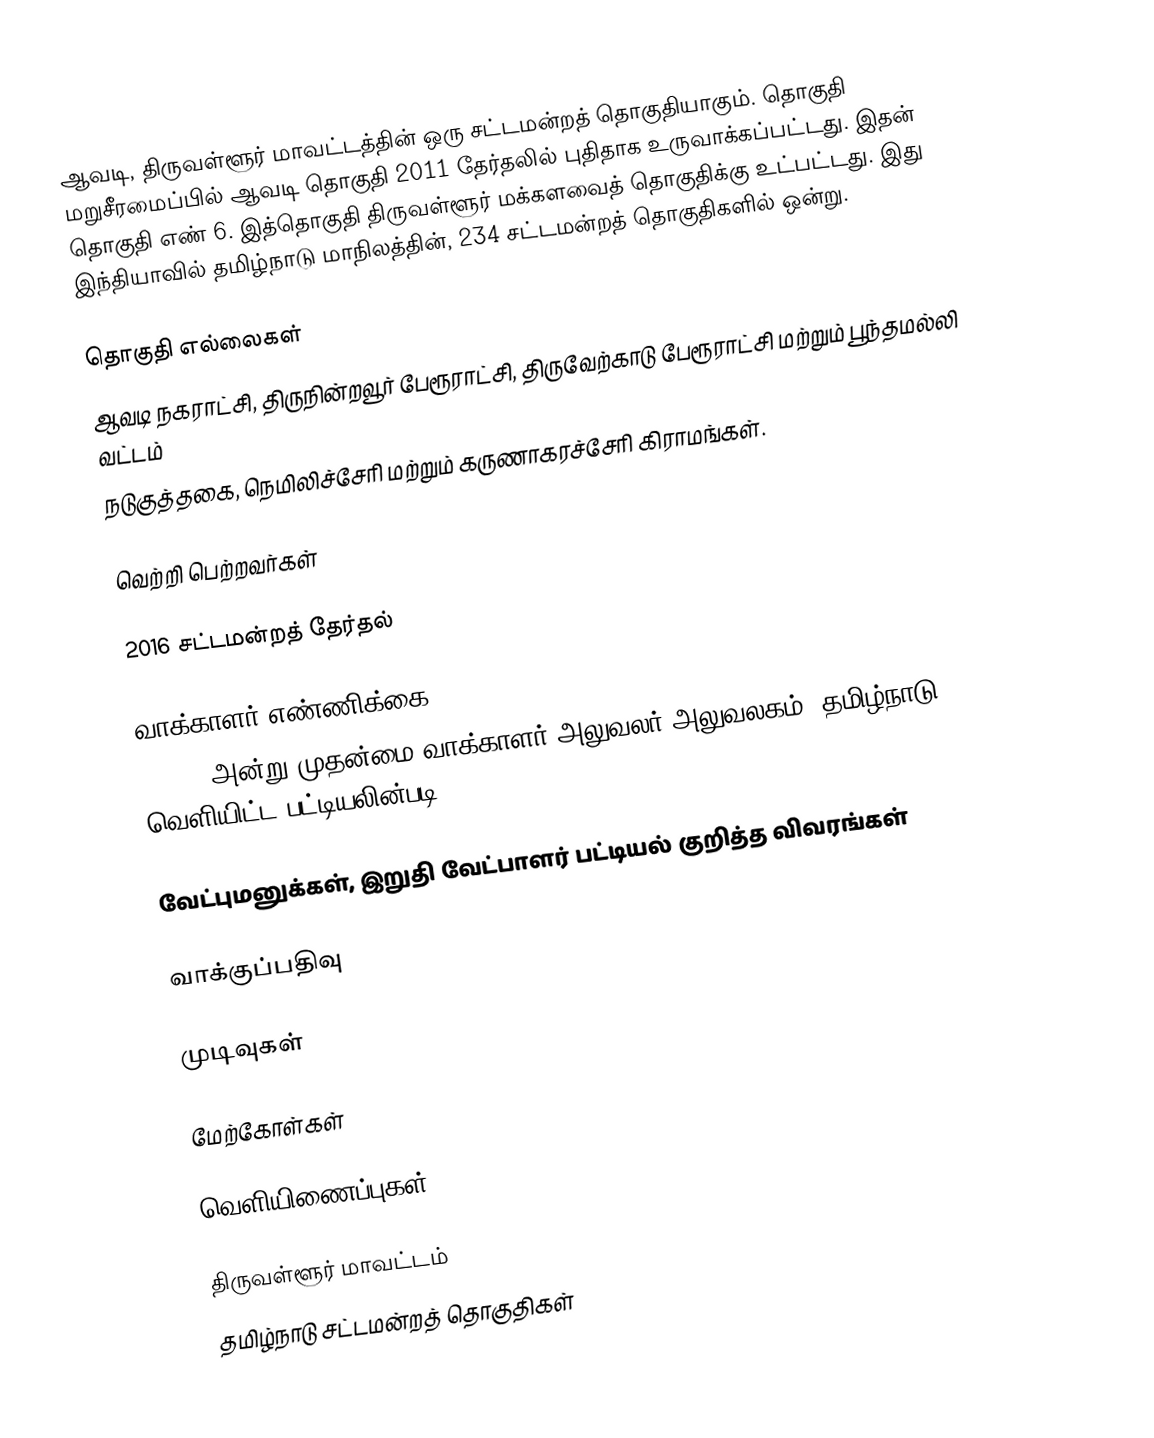
ஆவடி, திருவள்ளூர் மாவட்டத்தின் ஒரு சட்டமன்றத் தொகுதியாகும். தொகுதி மறுசீரமைப்பில் ஆவடி தொகுதி 2011 தேர்தலில் புதிதாக உருவாக்கப்பட்டது. இதன் தொகுதி எண் 6. இத்தொகுதி திருவள்ளூர் மக்களவைத் தொகுதிக்கு உட்பட்டது. இது இந்தியாவில் தமிழ்நாடு மாநிலத்தின், 234 சட்டமன்றத் தொகுதிகளில் ஒன்று.

தொகுதி எல்லைகள்
ஆவடி நகராட்சி, திருநின்றவூர் பேரூராட்சி,  திருவேற்காடு பேரூராட்சி மற்றும்  பூந்தமல்லி வட்டம்
நடுகுத்தகை, நெமிலிச்சேரி மற்றும் கருணாகரச்சேரி கிராமங்கள்.

வெற்றி பெற்றவர்கள்

2016 சட்டமன்றத் தேர்தல்

வாக்காளர் எண்ணிக்கை
, 2019 அன்று முதன்மை வாக்காளர் அலுவலர் அலுவலகம், தமிழ்நாடு வெளியிட்ட பட்டியலின்படி,

வேட்புமனுக்கள், இறுதி வேட்பாளர் பட்டியல் குறித்த விவரங்கள்

வாக்குப்பதிவு

முடிவுகள்

மேற்கோள்கள்

வெளியிணைப்புகள்

திருவள்ளூர் மாவட்டம்
தமிழ்நாடு சட்டமன்றத் தொகுதிகள்